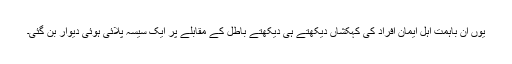
یوں ان باہمت اہلِ ایمان افراد کی کہکشاں دیکھتے ہی دیکھتے باطل کے مقابلے پر ایک سیسہ پلائی ہوئی دیوار بن گئی۔